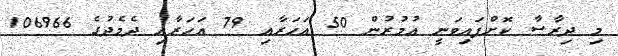
މި ދިރާސާ ކޮށްފައިވަނީ އުމުރުން 50 އަހަރާއި 79 އަހަރާއި ދެމެދުގެ 106966